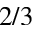
2 / 3